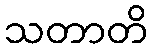
သတာတိ